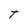
Character: T